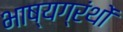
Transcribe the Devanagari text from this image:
भाष्यग्रंथों